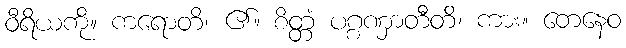
ဝီရိယကို။ ကရောတိ၊ ၏။ စိတ္တံ ပဂ္ဂဏှာတီတိ၊ ကား။ တေနေဝ